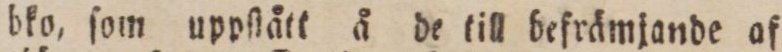
bko, ſom uppſtått å de till befrämjande af